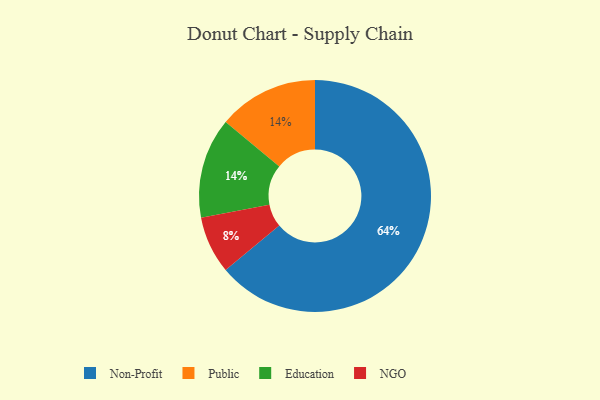
{"axis": {"x": "Category", "y": "Percentage"}, "legend": ["Education", "NGO", "Non-Profit", "Public"], "data": [{"x": "NGO", "y": 8, "type": "NGO"}, {"x": "Public", "y": 14, "type": "Public"}, {"x": "Non-Profit", "y": 64, "type": "Non-Profit"}, {"x": "Education", "y": 14, "type": "Education"}]}